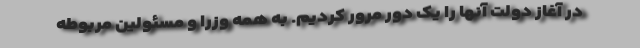
در آغاز دولت آنها را یک دور مرور کردیم. به همه وزرا و مسئولین مربوطه